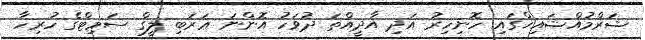
ޝަރްމުއްޝައިޚްގައި ހޮނިހިރު އަދި އާދީއްތަ ދުވަހު އޮންނަ ޢަރަބި ލީގް ސަމިޓްގެ ހުރިހާ